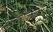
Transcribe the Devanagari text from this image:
पितृयान।